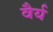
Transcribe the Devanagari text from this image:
वैर्य